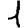
Digit: 1